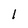
Character: 1